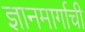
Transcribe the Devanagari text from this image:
ज्ञानमार्गाची